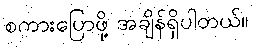
စကားပြောဖို့ အချိန်ရှိပါတယ်။